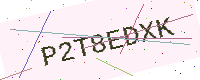
Text: P2T8EDXK